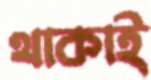
থাকাই